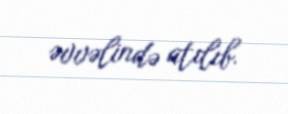
əvvəlində atılıb.